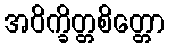
အဝိက္ခိတ္တစိတ္တော